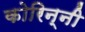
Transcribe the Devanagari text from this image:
कोरिन्नी